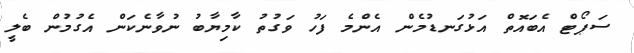
ސަޕޯޓް އެބައޮތް އަޅުގަނޑުމެން އެންމެ ފަހު ވަގުތު ކާމިޔާބު ނުވާނެކަން އެގުމުން ބެލީ